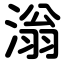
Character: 滃